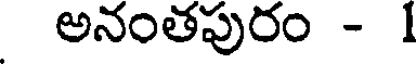
అనంతపురం - 1